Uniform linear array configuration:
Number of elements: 24
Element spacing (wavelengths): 0.75
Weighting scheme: binomial
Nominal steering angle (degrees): -45
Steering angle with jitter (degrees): -45.173
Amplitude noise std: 0.05
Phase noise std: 0.05

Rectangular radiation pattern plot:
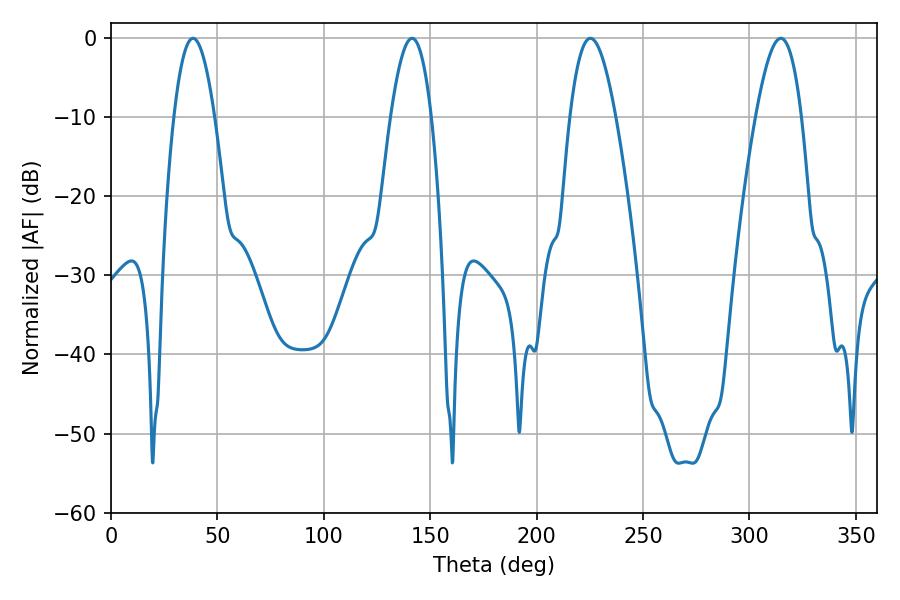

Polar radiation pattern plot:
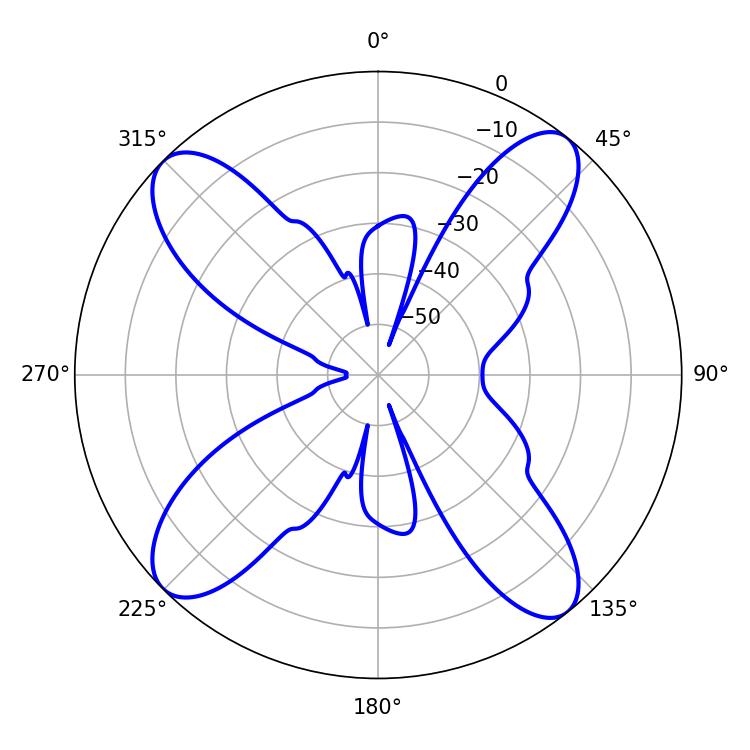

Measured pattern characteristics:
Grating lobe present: TRUE
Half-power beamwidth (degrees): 10.44
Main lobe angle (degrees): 38.52